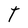
Character: t